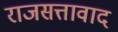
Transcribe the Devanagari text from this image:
राजसत्तावाद